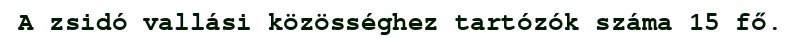
A zsidó vallási közösséghez tartózók száma 15 fő.